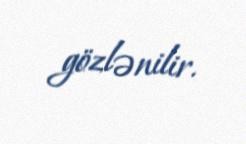
gözlənilir.